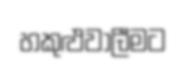
හකුළුවාලීමට